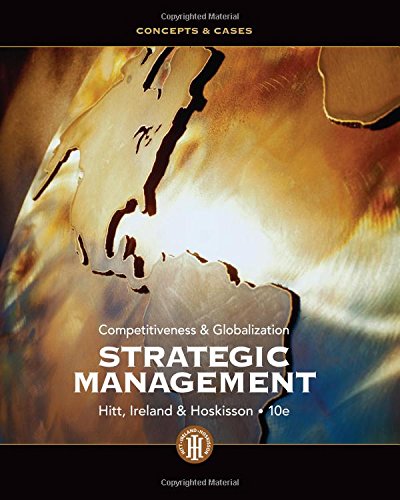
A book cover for Strategic Management: Competitiveness and Globalization- Concepts and Cases, 10th Edition; Michael A. Hitt; Business & Money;